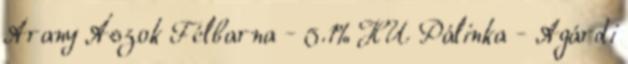
Arany Ászok Félbarna - 5.1% HU Pálinka - Agárdi